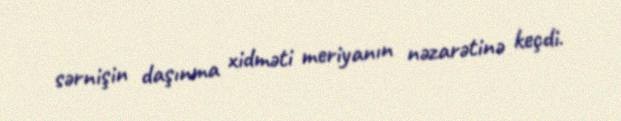
sərnişin daşınma xidməti meriyanın nəzarətinə keçdi.